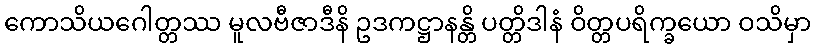
ကောသိယဂေါတ္တဿ မူလဗီဇာဒီနိ ဥဒကဋ္ဌာနန္တိ ပတ္တိဒါနံ ဝိတ္တပရိက္ခယော ဝသိမှာ